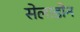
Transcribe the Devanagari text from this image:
सेलाडोन